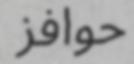
حوافز